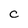
Character: c